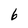
Character: 6